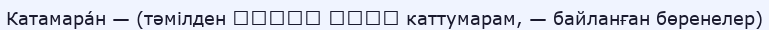
Катамара́н — (тәмілден கட்டு மரம் каттумарам, — байланған бөренелер)